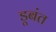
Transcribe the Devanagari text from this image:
डूबंत